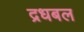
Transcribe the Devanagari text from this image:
द्रधबल